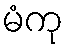
မံကု